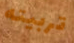
تربيته